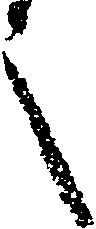
之